Leaving Certificate Examination, 1920
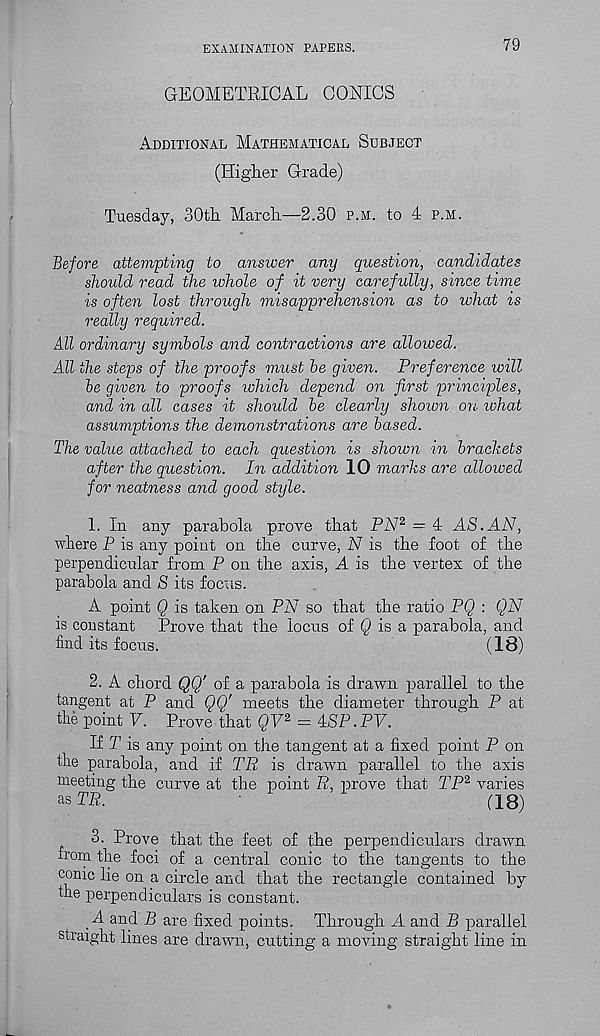
EXAMINATION PAPERS.
79
GEOMETRICAL CONICS
Additional Mathematical Subject
(Higher Grade)
Tuesday, 30th March—2.30 p.m. to 4 p.m.
Before attempting to answer any question, candidates
should read the whole of it very carefully, since time
is often lost through misapprehension as to what is
really required.
All ordinary symbols and contractions are allowed.
All the steps of the proofs must be given. Preference will
be given to proofs which depend on first principles,
and in all cases it should be clearly shown on ivhat
assumptions the demonstrations are based.
The value attached to each question is shown in brackets
after the question. In addition 10 marks are ampwed
for neatness and good style.
1. In any parabola prove that PA 72 = 4 AS.AN,
where P is any point on the curve, N is the foot of the
perpendicular from P on the axis, A is the vertex of the
parabola and S its focus.
A point Q is taken on PN so that the ratio PQ : QN
is constant Prove that the locus of Q is a parabola, and
find its focus.
(IB)
2. A chord QQ' of a parabola is drawn parallel to the
tangent at P and QQ' meets the diameter through P at
the point F. Prove that QV 2 = ASP. PV.
If T is any point on the tangent at a fixed point P on
the parabola, and if TR is drawn parallel to the axis
meeting the curve at the point R, prove that TP 2 varies
as TR..
■
(18)
3. Prove that the feet of the perpendiculars drawn
irom the foci of a central conic to the tangents to the
conic lie on a circle and that the rectangle contained by
the perpendiculars is constant.
_A and B are fixed points. Through A and B parallel
straight lines are drawn, cutting a moving straight line in